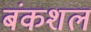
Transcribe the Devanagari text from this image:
बंकशल